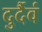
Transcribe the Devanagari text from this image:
दुर्दैवं